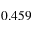
0 . 4 5 9